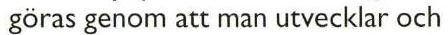
 göras genom att man utvecklar och